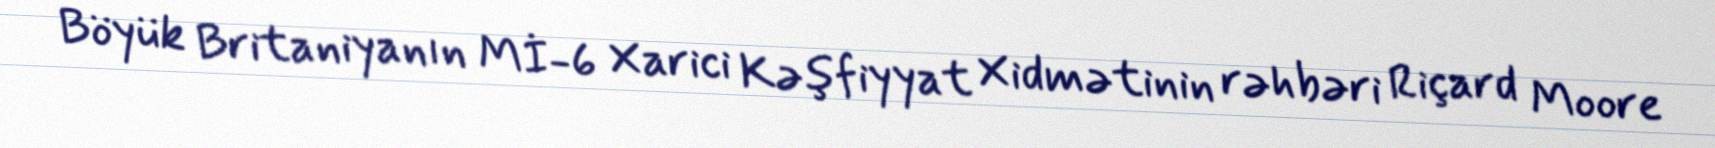
Böyük Britaniyanın Mİ-6 Xarici Kəşfiyyat Xidmətinin rəhbəri Riçard Moore